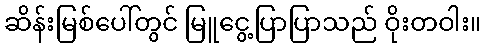
ဆိန်းမြစ်ပေါ်တွင် မြူငွေ့ပြာပြာသည် ဝိုးတဝါး။